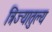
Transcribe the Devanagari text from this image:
त्रिज्यातुल्य